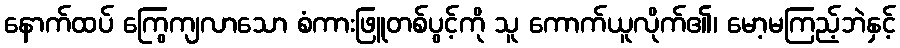
နောက်ထပ် ကြွေကျလာသော စံကားဖြူတစ်ပွင့်ကို သူ ကောက်ယူလိုက်၏၊ မော့မကြည့်ဘဲနှင့်